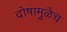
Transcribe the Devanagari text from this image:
दोषामुळेच